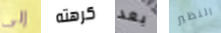
إلى كرهته بعد النظير